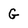
Character: G